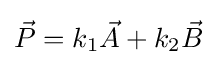
{\vec {P}}=k_{1}{\vec {A}}+k_{2}{\vec {B}}